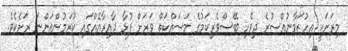
މިރަށަކީ އިހުޒަމާނުއްސުރެ ދިވެހި ބޭސްވެރިކަމުގެ މަސައްކަތް ވަރަށް ފުޅާ ދާއިރާއެއްގައި ކުރަމުންއަންނަ ރަށެކެވެ.